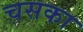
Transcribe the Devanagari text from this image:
चसका